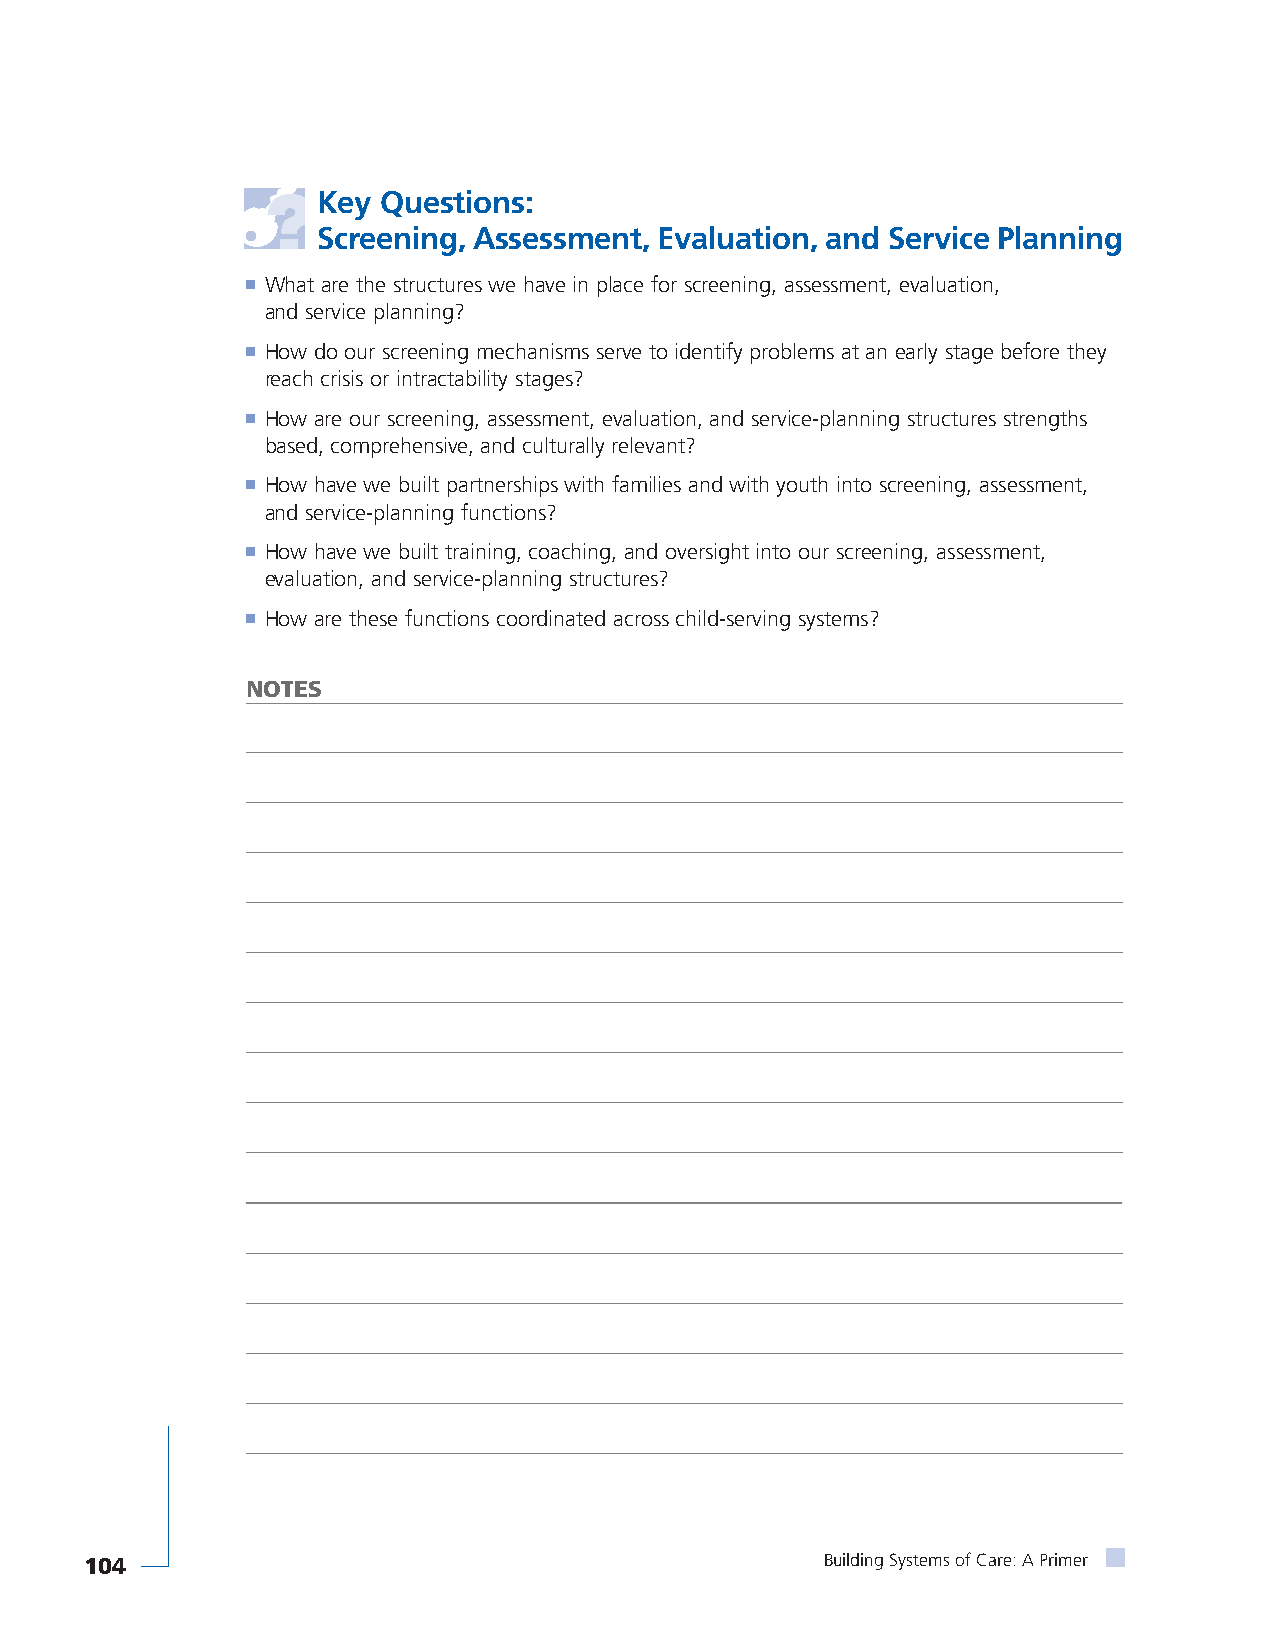
Key Questions:
 Screening, Assessment, Evaluation, and Service Planning
 ■ What are the structures we have in place for screening, assessment, evaluation,
 and service planning?
 ■ How do our screening mechanisms serve to identify problems at an early stage before they
 reach crisis or intractability stages?
 ■ How are our screening, assessment, evaluation, and service-planning structures strengths
 based, comprehensive, and culturally relevant?
 ■ How have we built partnerships with families and with youth into screening, assessment,
 and service-planning functions?
 ■ How have we built training, coaching, and oversight into our screening, assessment,
 evaluation, and service-planning structures?
 ■ How are these functions coordinated across child-serving systems?
 NOTES
 104                                              Building Systems of Care: A Primer